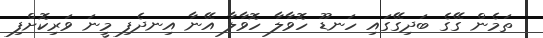
ތަމެން ގޭގެ ބަދިގޭގައި ހަނޑޫ ހޮވާލާ ހޮވާލާ އޭނާ އިނދެފި މީނަ ވަރިކޮށްފި